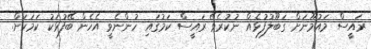
ރައީސް މައުމޫނަށް ގަބޫލުފުޅެއް ނުކުރެވޭ ރައީސް ކަމުގައި ހުންނެވީ އެހެން ބޭފުޅަކު ކަމަކަށް.